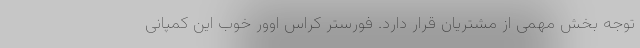
توجه بخش مهمی از مشتریان قرار دارد. فورستر کراس اوور خوب این کمپانی